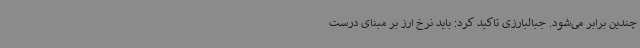
چندین برابر می‌شود. جبالبارزی تاکید کرد: باید نرخ ارز بر مبنای درست